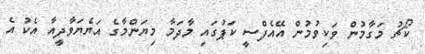
ކޯޗު މަގާމުން ވަކިވުމުން އޭއެފްސީ ކަޕުގައި މާދަމާ މިޔަންމާގެ އަޔެޔަވާދީއާ އެކު އެ